Leningradi_Edasi_toimetus, lk 136
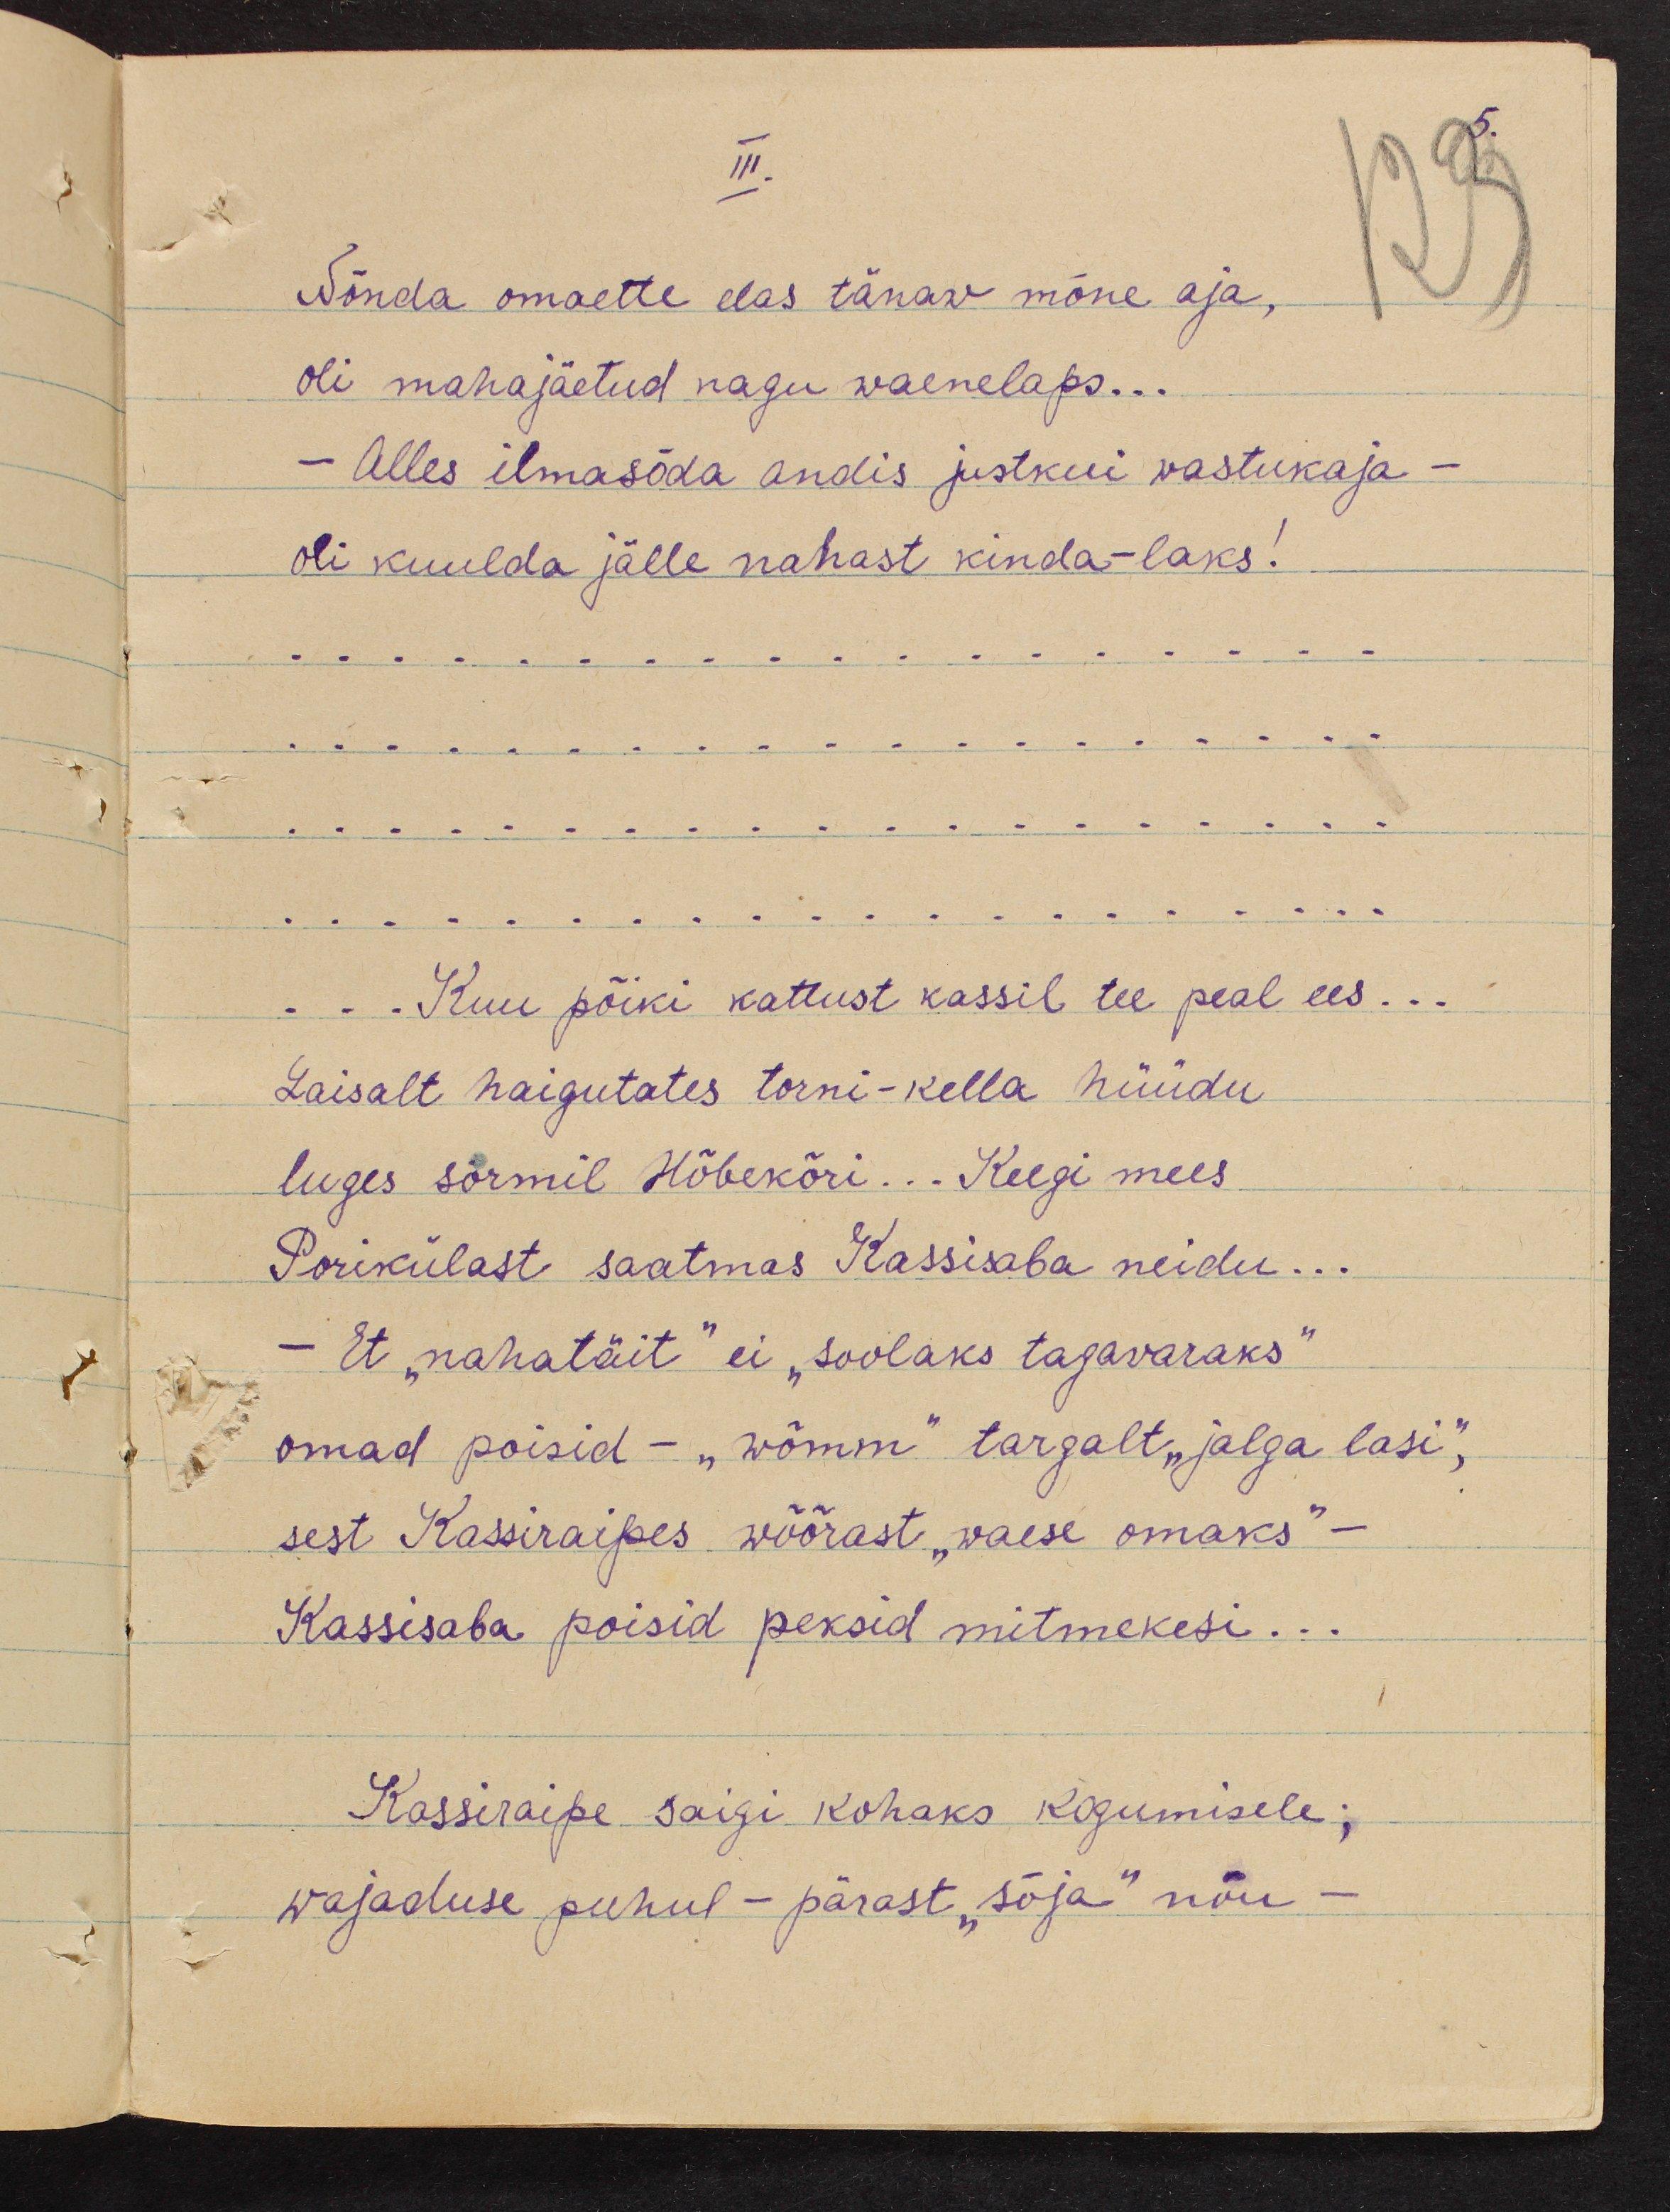
III
Nõnda omaette elas tänav mõne aja,
oli mahajäetud nagu waenelaps...
- Alles ilmasõda andis justkui wastukaja -
oli kuulda jälle nahast kinda-laks!
- Kuu põiki kattust kassil tee peal ees...
Laisalt haigutates torni-kella hüüdu
luges sõrmil Hõbekõri... Keegi mees
Porikülast saatmas Kassisaba neidu...
- Et "nahatäit" ei "soolaks tagavaraks"
omad poisid - "wõmm" targalt "jalga lasi",
sest Kassiraipes wõõrast "waese omaks" -
Kassisaba poisid peksid mitmekesi...
Kassiraipe saigi kohaks kogumisele;
wajaduse puhul - pärast "sõja" nõu-

5.
123